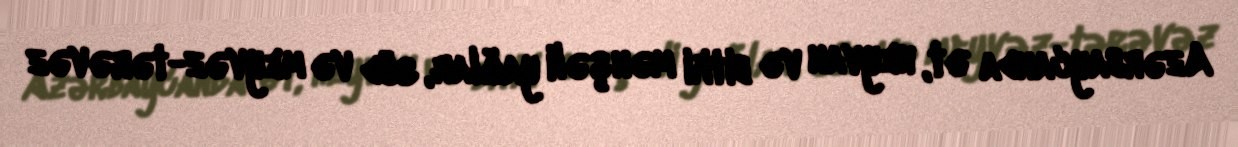
Azərbaycanda ət, heyvan və bitki mənşəli yağlar, süd və meyvəz-tərəvəz